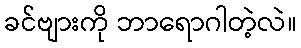
ခင်ဗျားကို ဘာရောဂါတဲ့လဲ။